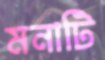
মনাটি